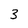
Character: 3